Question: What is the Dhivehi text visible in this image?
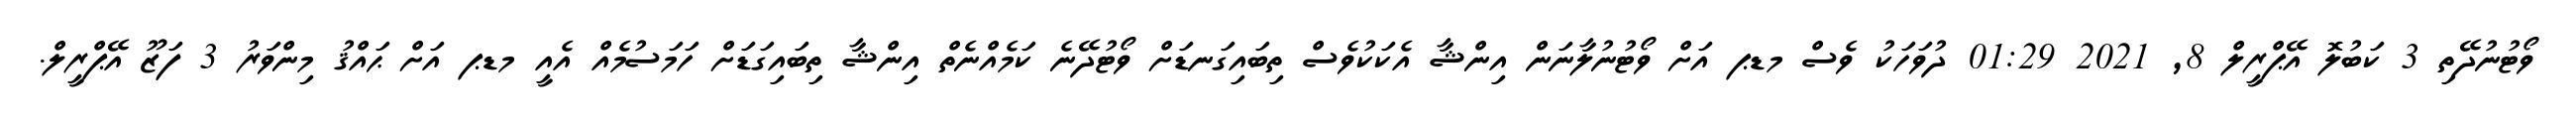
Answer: ވޯޓުނުދޭތި 3 ކަބުލޮ އޭޕްރީލް 8, 2021 01:29 ދުވަހަކު ވެސް މޑޕ އަށް ވޯޓުނުލާނަން އިންޝާ އެކަކުވެސް ތިބައިގަނޑަށް ވޯޓުދޭނެ ކަމެއްނެތް އިންޝާ ތިބައިގަޑަށް ހަމަސުމެއް އެއީ މޑޕ އަށް ޙައްޤު މިންވަރު 3 ފަޒޫ އޭޕްރީލް.